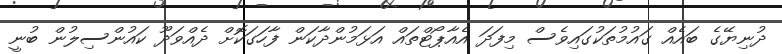
ދުނިޔޭގެ ބައެއް ގައުމުތަކުގައިވެސް މިފަދަ އެއާޕޯޓްތައް އަޅަމުންދާކަން ފާހަގަކޮށް ދެއްވަދޫ ކައުންސިލުން ބުނީ